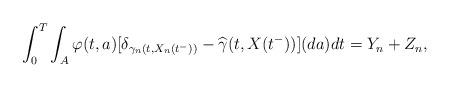
LaTeX: \begin{align*}\int_0^T\int_A \varphi(t,a) [\delta_{\gamma_n(t,X_{n}(t^-))} - \widehat{\gamma} (t,X(t^-))](da)dt = Y_n +Z_n,\end{align*}